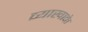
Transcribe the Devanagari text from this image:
व्याखाके